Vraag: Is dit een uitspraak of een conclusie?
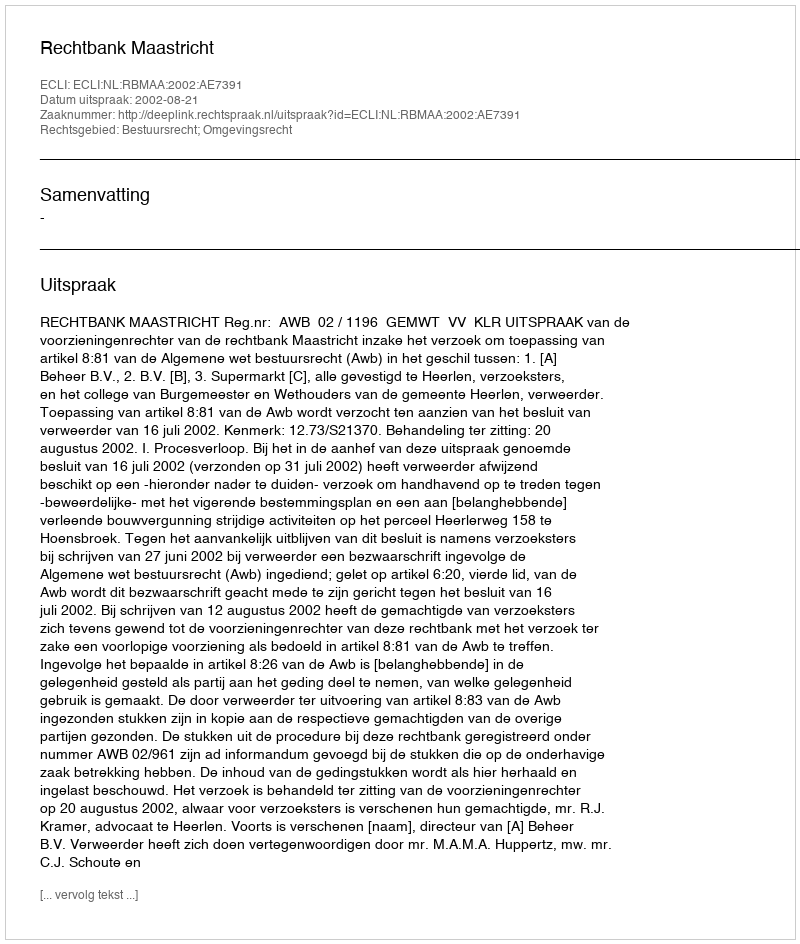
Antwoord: Uitspraak